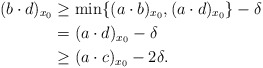
\begin{align*}(b\cdot d)_{x_0} &\ge \min\{(a\cdot b)_{x_0}, (a\cdot d)_{x_0} \} -\delta \\&=(a \cdot d)_{x_0} -\delta\\&\ge (a \cdot c)_{x_0} - 2\delta.\end{align*}